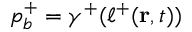
\mathfrak { p } _ { b } ^ { + } = \gamma ^ { + } ( \ell ^ { + } ( \mathbf { r } , t ) )